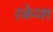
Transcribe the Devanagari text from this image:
रकेय्श